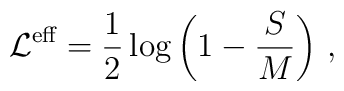
{\cal L}^{\mbox{\scriptsize eff}}=\frac 12 \log \left( 1-\frac SM\right) \,,